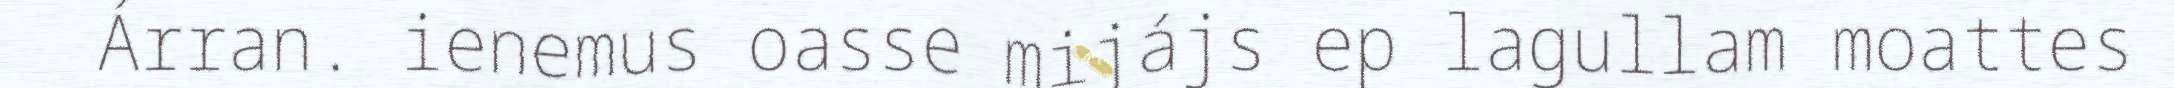
Árran. ienemus oasse mijájs ep lagullam moattes